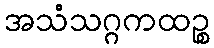
အသံသဂ္ဂကထဉ္စ